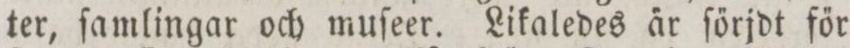
ter, ſamlingar och muſeer. Likaledes a̋r ſőrjdt főr